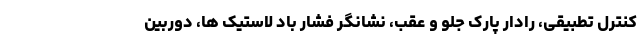
کنترل تطبیقی، رادار پارک جلو و عقب، نشانگر فشار باد لاستیک ها، دوربین